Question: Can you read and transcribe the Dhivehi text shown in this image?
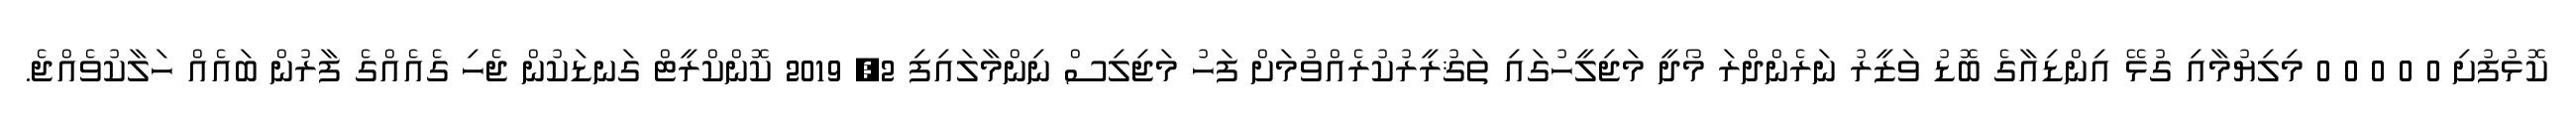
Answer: ކޮޅުފުށި 0 0 0 0 0 މިލިޔުމާއި ގުޅޭ އިންޑިއާގެ ބޮޑު ވަޒީރު ނަރެންދްރަ މޯދީ މަޖިލީހުގައި ތަޤުރީރުކުރެއްވުމަށް ފަހު މަޖިލިސް ނިންމާލައިފި 2, 2019 ކޮންކްރީޓް ގަނޑަކުން ޖެހި ގެއެއްގެ ފާރުން ބައެއް ހަލާކުވެއްޖެ.